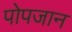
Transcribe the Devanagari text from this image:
पोपजान